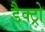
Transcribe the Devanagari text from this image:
डैक्ट्रो